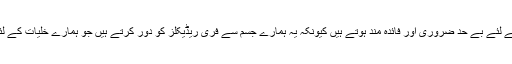
اور یہ ہمارے صحت کے لئے بے حد ضروری اور فائدہ مند ہوتے ہیں کیونکہ یہ ہمارے جسم سے فری ریڈیکلز کو دور کرتے ہیں جو ہمارے خلیات کے لئے نقصان دہ ہوتے ہیں ۔